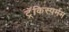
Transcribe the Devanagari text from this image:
ट्रॅकिस्पर्मम